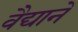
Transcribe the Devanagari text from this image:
वैद्यानें